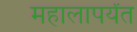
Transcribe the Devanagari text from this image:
महालापर्यंत